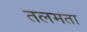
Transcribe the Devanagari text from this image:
तलमता